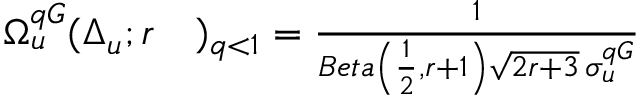
\begin{array} { r l } { \Omega _ { u } ^ { q G } ( \Delta _ { u } ; r } & { { } ) _ { q < 1 } = \frac { 1 } { B e t a \left( \frac { 1 } { 2 } , r + 1 \right) \sqrt { 2 r + 3 } \, \sigma _ { u } ^ { q G } } } \end{array}